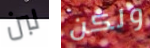
لبن ولكن